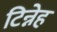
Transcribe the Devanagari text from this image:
टिन्नेह